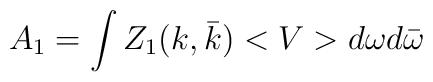
A_1=\int Z_1(k,\bar k)<V>d\omega d\bar{\omega}